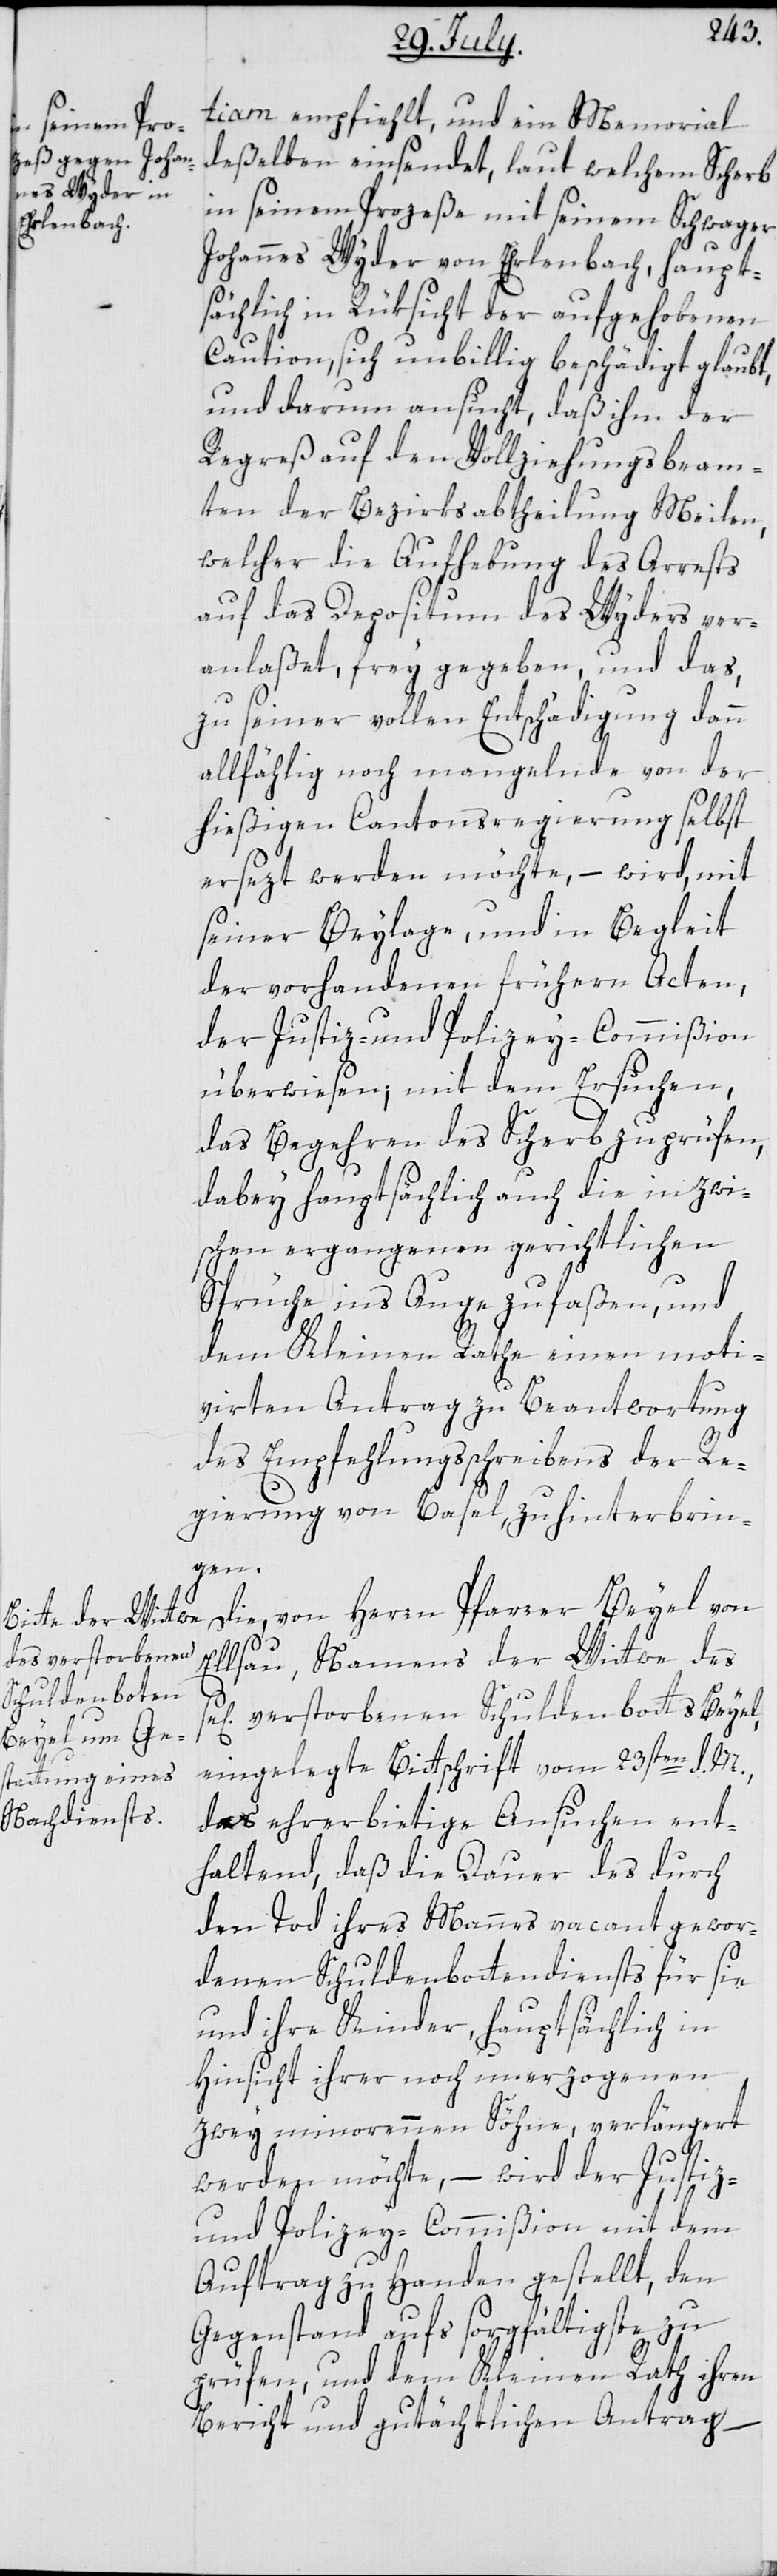
tiam empfiehlt, und ein Memorial
deßelben einsendet, laut welchem Scherb
in seinem Prozeße mit seinem Schwager
Johannes Wyder von Erlenbach, haupt¬
sächlich in Rüksicht der aufgehobenen
Caution, sich unbillig beschädigt glaubt,
und darum ansucht, daß ihm der
Regreß auf den Vollziehungsbeam¬
ten der Bezirksabtheilung Meilen,
welcher die Aufhebung des Arrests
auf das Depositum des Wydlers ver¬
anlaßet, frey gegeben, und das,
zu seiner vollen Entschädigung dann
allfählig noch mangelnde von der
hießigen Cantonsregierung selbst
ersezt werden möchte, – wird, mit
seiner Beylage und in Begleit
der vorhandenen frühern Acten,
der Justiz- und Polizey-Commißion
überwiesen; mit dem Ersuchen,
das Begehren des Scherb zu prüfen,
dabey hauptsächlich auch die inzwi¬
schen ergangenen gerichtlichen
Sprüche ins Auge zu faßen, und
dem Kleinen Rathe einen moti¬
vierten Antrag zu Beantwortung
des Empfehlungsschreibens der Re¬
gierung von Basel, zu hinterbrin¬
gen.
Die, von Herren Pfarrer Beyel von
Elsau, Namens der Wittwe des
verstorbenen Schuldenbotts Beyel,
eingelegte Bittschrift vom 23sten d. M.,
das ehrerbietige Ansuchen ent¬
haltend, daß die Dauer des durch
den Tod ihres Mannes vacant gewor¬
denen Schuldenbottendiensts für sie
und ihre Kinder, hauptsächlich in
Hinsicht ihrer noch unerzogenen
zwey minorennen Söhne, verlängert
werden möchte, – wird der Justiz-
und Polizey-Commißion mit dem
Auftrag zu Handen gestellt, den
Gegenstand aufs sorgfältigste zu
prüfen, und dem Kleinen Rath ihren
Bericht und gutächtlichen Antrag